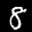
Label: 8